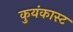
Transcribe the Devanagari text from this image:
कुयंकास्ट